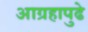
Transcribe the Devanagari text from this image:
आग्रहापुढे